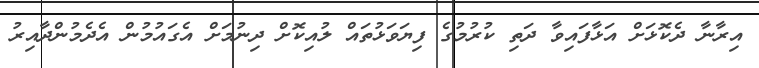
އިރާނާ ދެކޮޅަށް އަޅާފައިވާ ދަތި ކުރުމުގެ ފިޔަވަޅުތައް ލުއިކޮށް ދިނުމަށް އެގައުމުން އެދެމުންދާއިރު